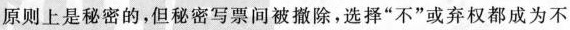
原则上是秘密的，但秘密写票间被撤除，选择”不”或弃权都成为不